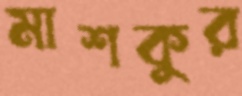
মাশকুর